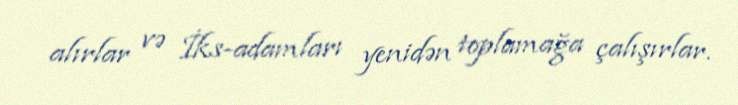
alırlar və İks-adamları yenidən toplamağa çalışırlar.